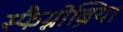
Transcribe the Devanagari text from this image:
स्फैग्नोब्रिया